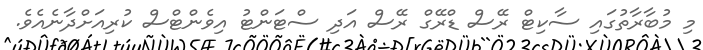
މި މުބާރާތުގައި ސާކިޓް ރޭސް ޑްރޭގް ރޭސް އަދި ސްޓަންޓު އިވެންޓްސް ކުރިއަށްދާނެއެވެ.